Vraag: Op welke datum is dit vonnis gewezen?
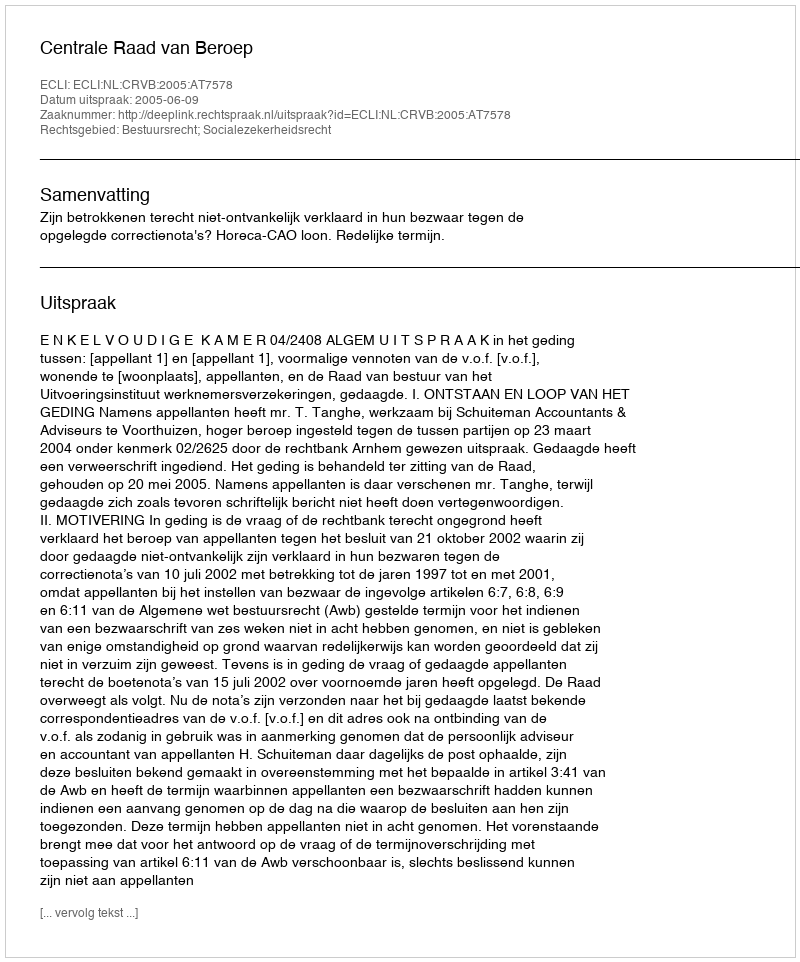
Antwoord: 2005-06-09